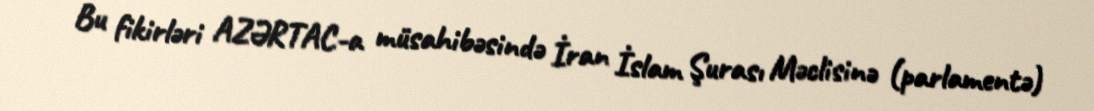
Bu fikirləri AZƏRTAC-a müsahibəsində İran İslam Şurası Məclisinə (parlamentə)